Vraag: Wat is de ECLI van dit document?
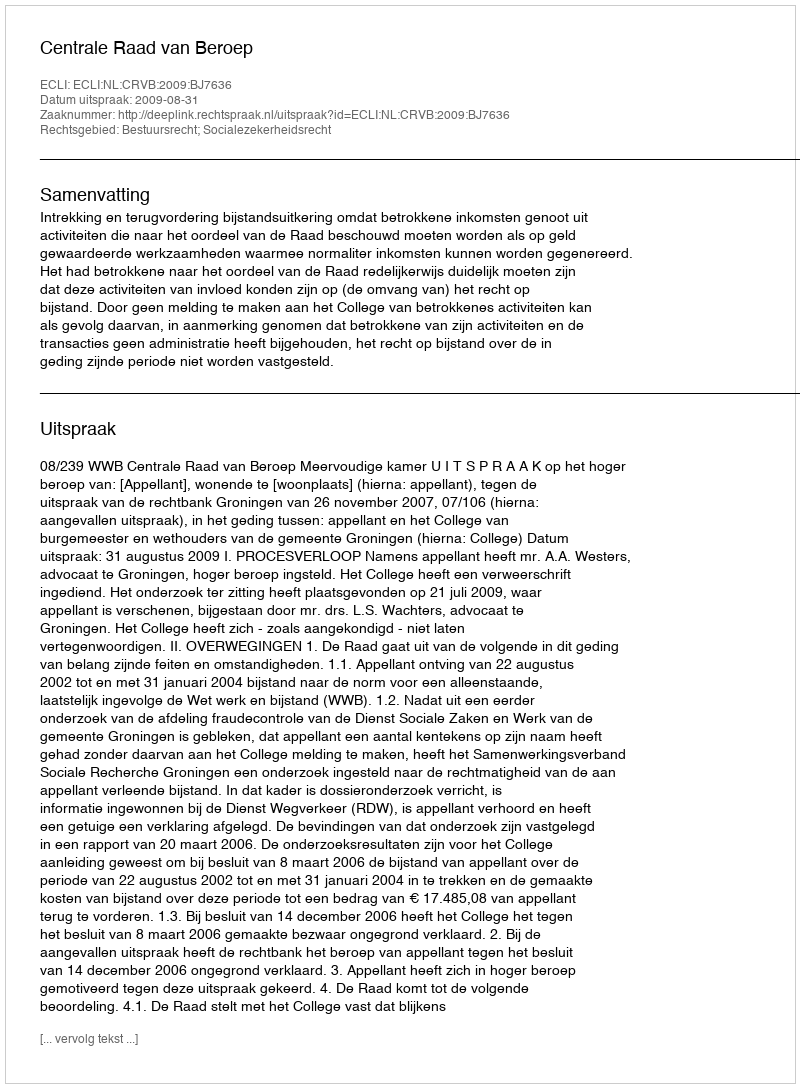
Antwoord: ECLI:NL:CRVB:2009:BJ7636